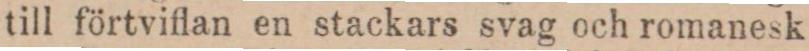
till förtviflan en stackars svag och romanesk